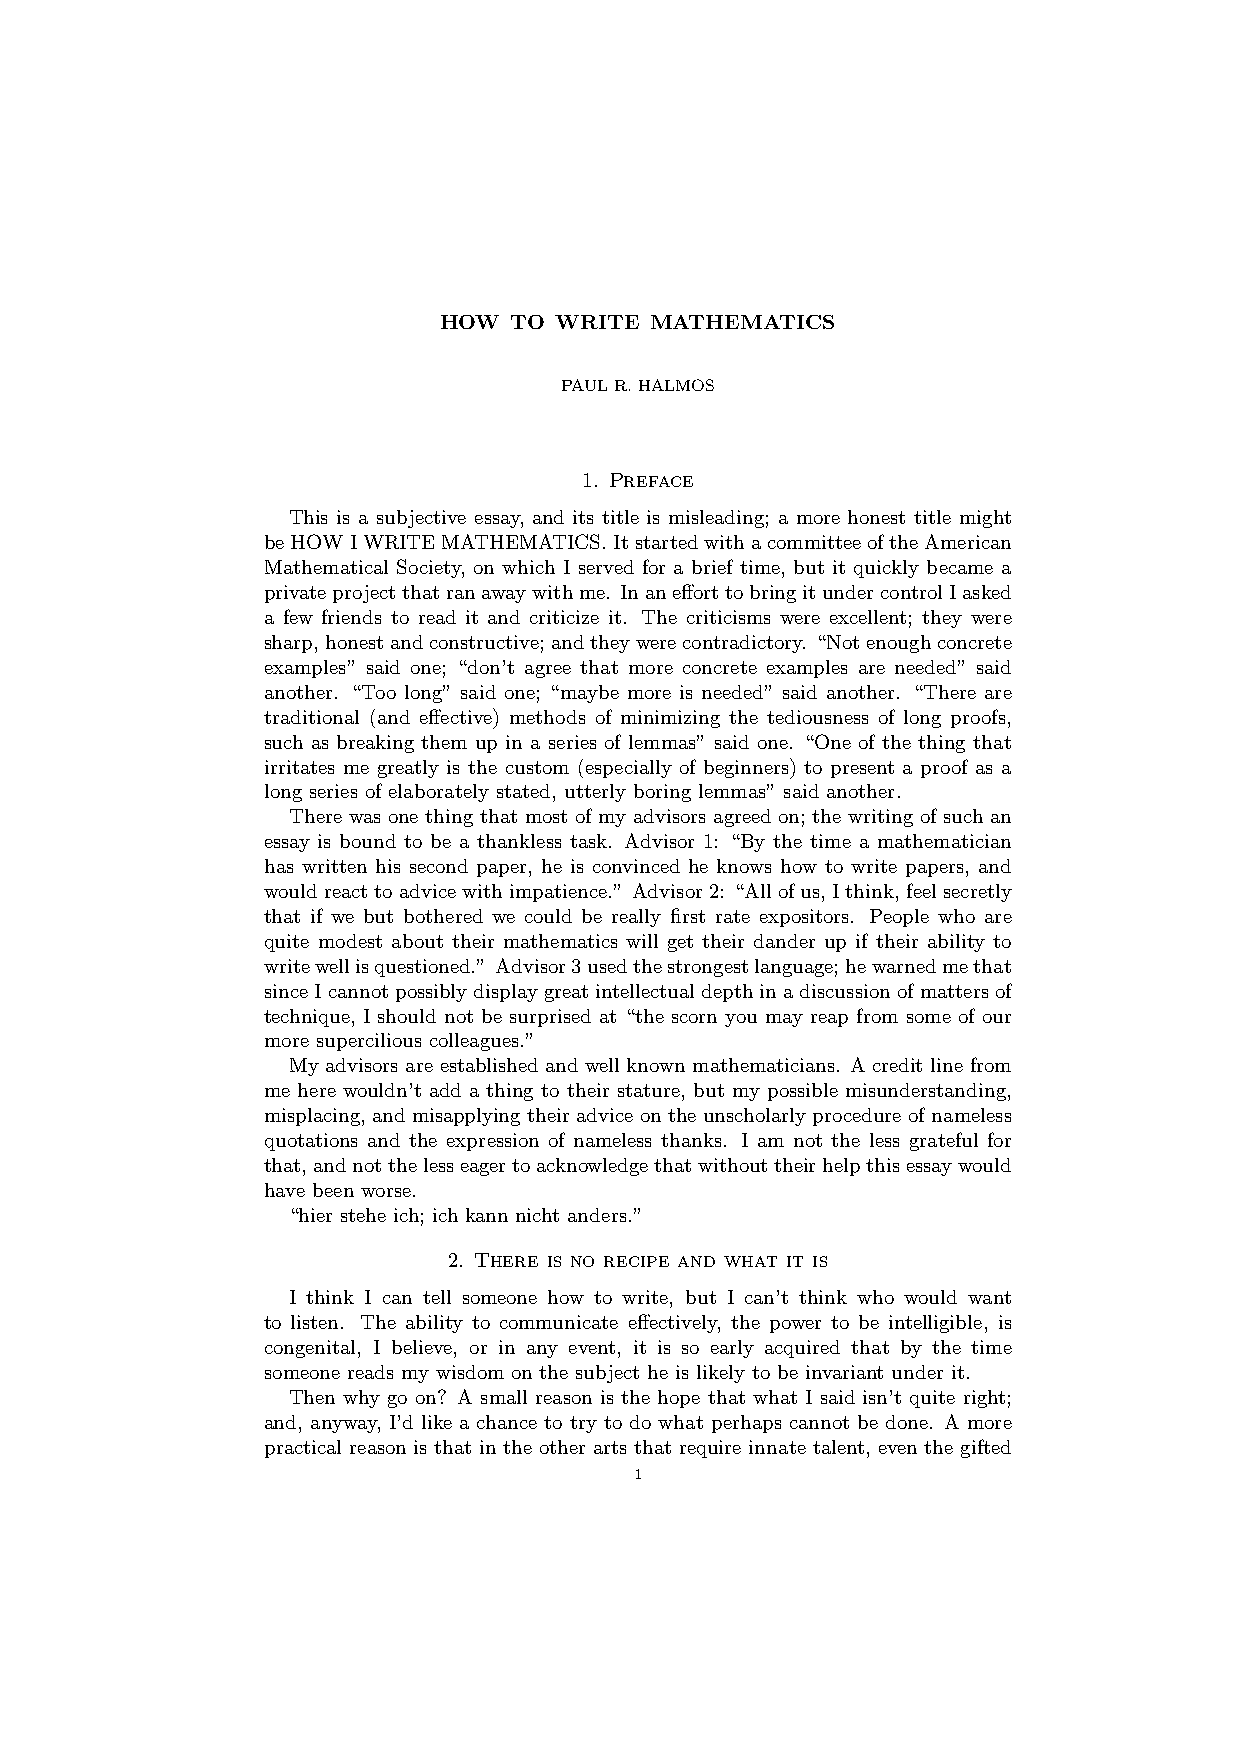
HOW  TO WRITE MATHEMATICS
 PAULR.HALMOS
 1. Preface
 This is a subjective essay, and its title is misleading; a more honest title might
 beHOWIWRITEMATHEMATICS.ItstartedwithacommitteeoftheAmerican
 Mathematical Society, on which I served for a brief time, but it quickly became a
 privateprojectthatranawaywithme. InanefforttobringitundercontrolIasked
 a few friends to read it and criticize it. The criticisms were excellent; they were
 sharp,honestandconstructive;andtheywerecontradictory. “Notenoughconcrete
 examples” said one; “don’t agree that more concrete examples are needed” said
 another. “Too long” said one; “maybe more is needed” said another. “There are
 traditional (and effective) methods of minimizing the tediousness of long proofs,
 such as breaking them up in a series of lemmas” said one. “One of the thing that
 irritates me greatly is the custom (especially of beginners) to present a proof as a
 long series of elaborately stated, utterly boring lemmas” said another.
 There was one thing that most of my advisors agreed on; the writing of such an
 essay is bound to be a thankless task. Advisor 1: “By the time a mathematician
 has written his second paper, he is convinced he knows how to write papers, and
 wouldreacttoadvicewithimpatience.” Advisor2: “Allofus, Ithink, feelsecretly
 that if we but bothered we could be really first rate expositors. People who are
 quite modest about their mathematics will get their dander up if their ability to
 writewellisquestioned.” Advisor3usedthestrongestlanguage;hewarnedmethat
 sinceIcannotpossiblydisplaygreatintellectualdepthinadiscussionofmattersof
 technique, I should not be surprised at “the scorn you may reap from some of our
 more supercilious colleagues.”
 My advisors are established and well known mathematicians. A credit line from
 me here wouldn’t add a thing to their stature, but my possible misunderstanding,
 misplacing, and misapplying their advice on the unscholarly procedure of nameless
 quotations and the expression of nameless thanks. I am not the less grateful for
 that,andnotthelesseagertoacknowledgethatwithouttheirhelpthisessaywould
 have been worse.
 “hier stehe ich; ich kann nicht anders.”
 2. There is no recipe and what it is
 I think I can tell someone how to write, but I can’t think who would want
 to listen. The ability to communicate effectively, the power to be intelligible, is
 congenital, I believe, or in any event, it is so early acquired that by the time
 someone reads my wisdom on the subject he is likely to be invariant under it.
 Then why go on? A small reason is the hope that what I said isn’t quite right;
 and, anyway, I’d like a chance to try to do what perhaps cannot be done. A more
 practical reason is that in the other arts that require innate talent, even the gifted
 1